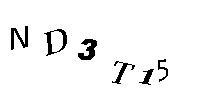
ND3T15